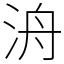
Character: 洀